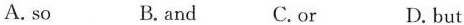
A.so B.and C.or D.but